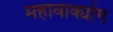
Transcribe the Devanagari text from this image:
महावाक्यांग